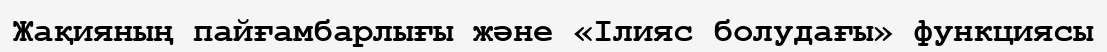
Жақияның пайғамбарлығы және «Ілияс болудағы» функциясы